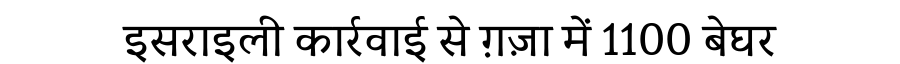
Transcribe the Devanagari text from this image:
इसराइली कार्रवाई से ग़ज़ा में 1100 बेघर